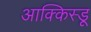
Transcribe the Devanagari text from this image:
आक्किस्डू